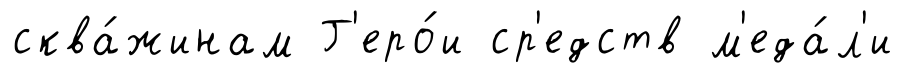
сква́жинам Г'еро́и ср'едств м'еда́л'и